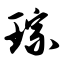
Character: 琮